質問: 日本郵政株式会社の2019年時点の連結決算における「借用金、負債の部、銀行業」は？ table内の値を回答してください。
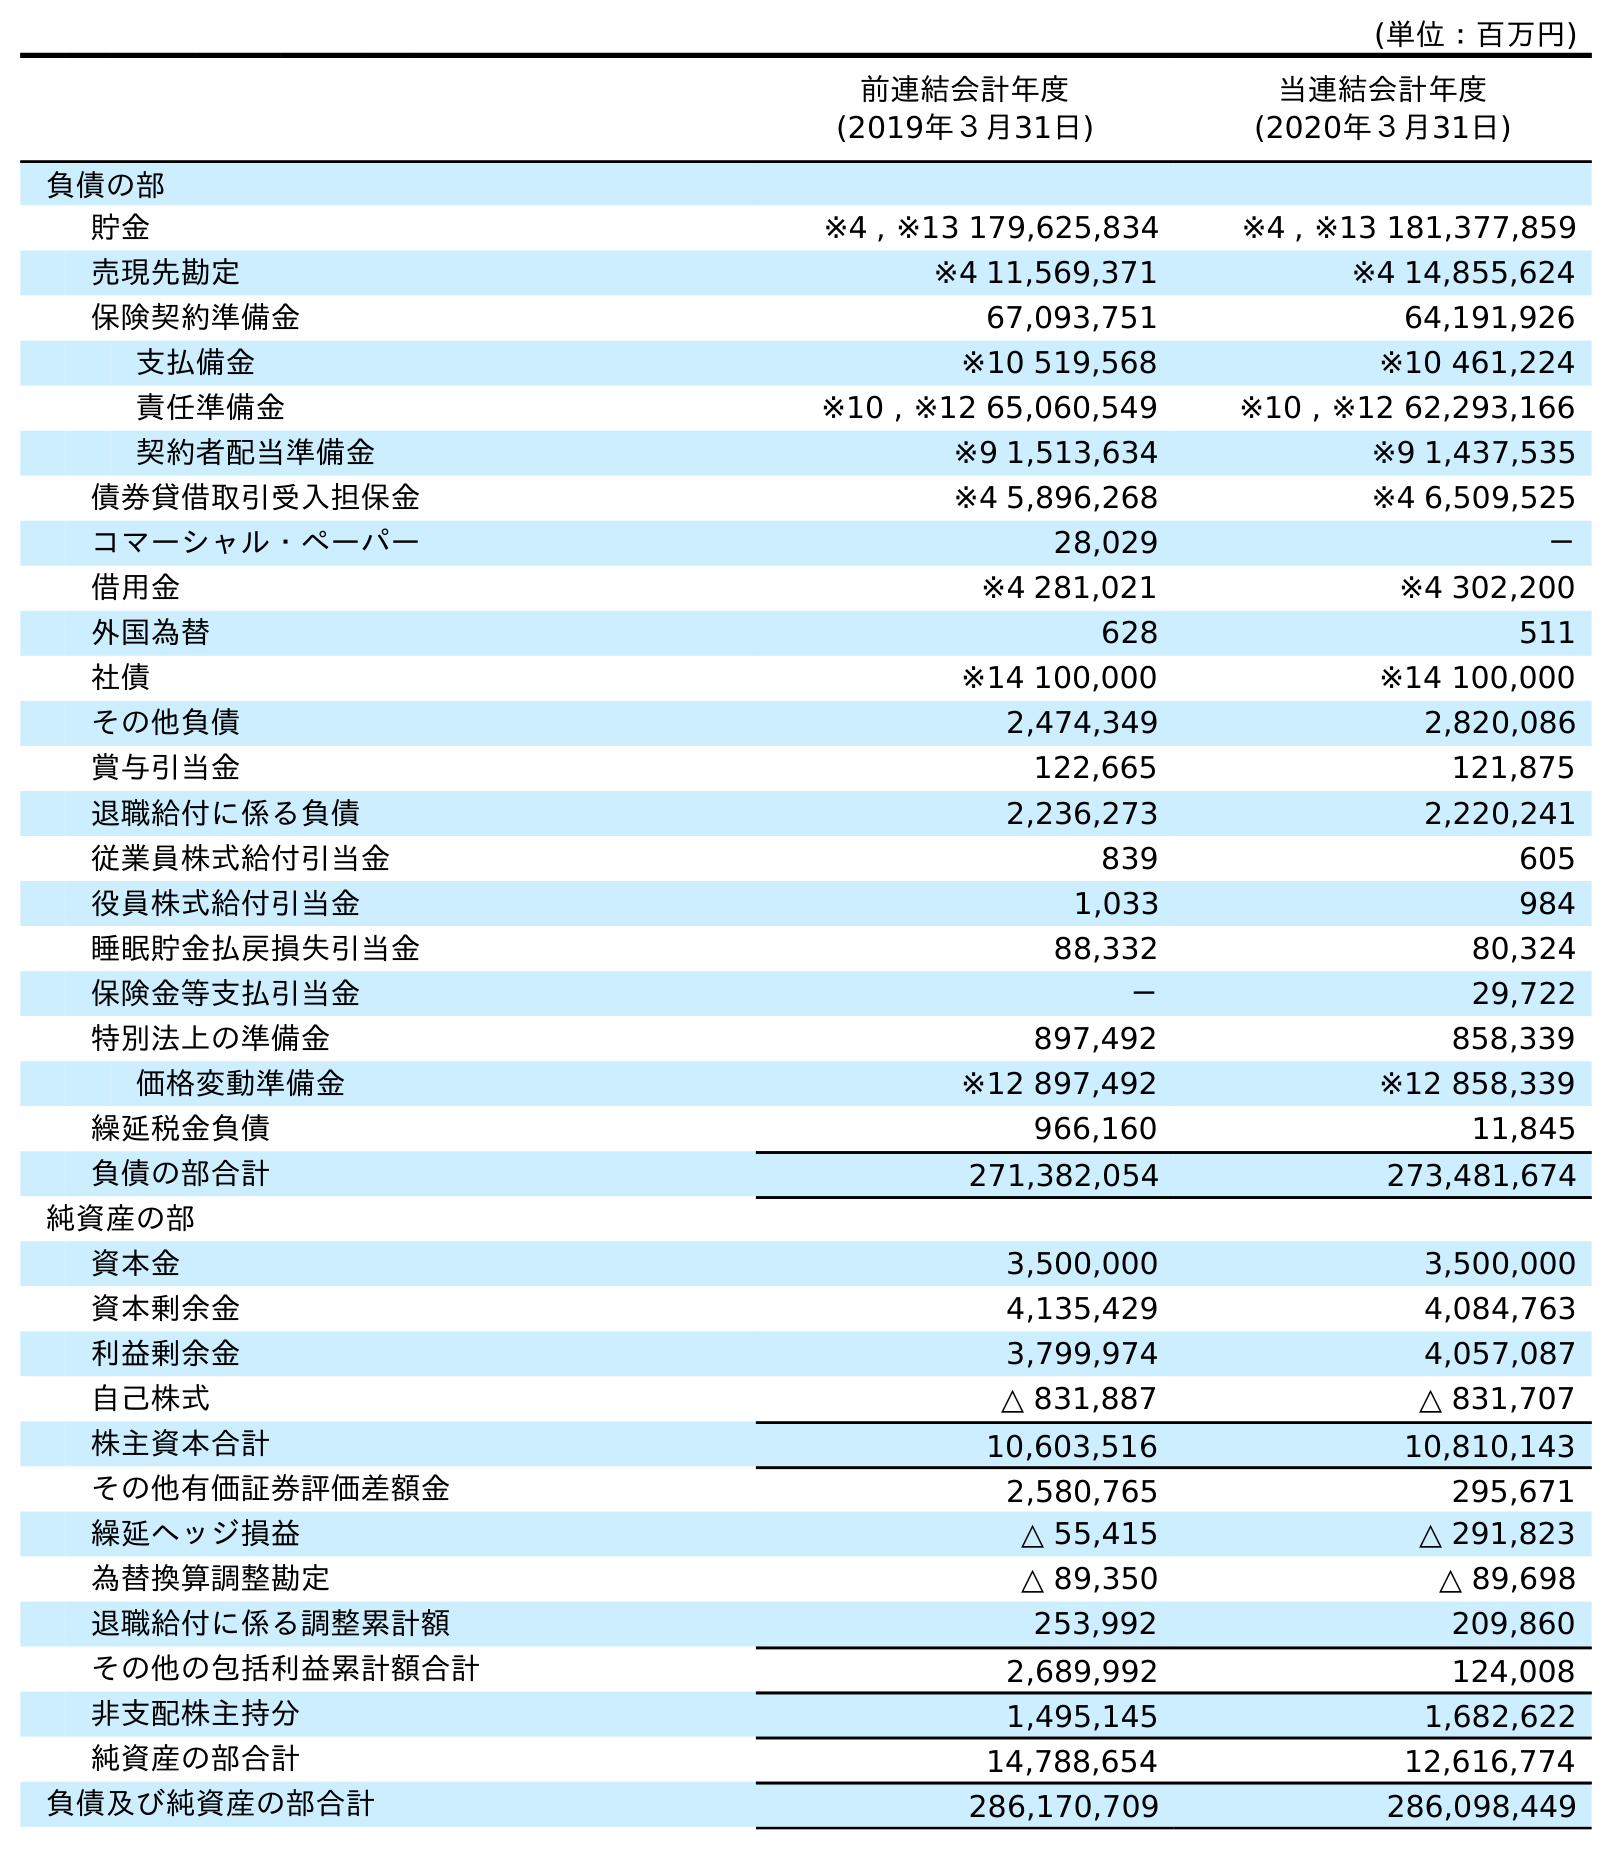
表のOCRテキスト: (単位：百万円) 前連結会計年度 (2019年３月31日) 当連結会計年度 (2020年３月31日) 負債の部 貯金 ※4 , ※13 179,625,834 ※4 , ※13 181,377,859 売現先勘定 ※4 11,569,371 ※4 14,855,624 保険契約準備金 67,093,751 64,191,926 支払備金 ※10 519,568 ※10 461,224 責任準備金 ※10 , ※12 65,060,549 ※10 , ※12 62,293,166 契約者配当準備金 ※9 1,513,634 ※9 1,437,535 債券貸借取引受入担保金 ※4 5,896,268 ※4 6,509,525 コマーシャル・ペーパー 28,029 － 借用金 ※4 281,021 ※4 302,200 外国為替 628 511 社債 ※14 100,000 ※14 100,000 その他負債 2,474,349 2,820,086 賞与引当金 122,665 121,875 退職給付に係る負債 2,236,273 2,220,241 従業員株式給付引当金 839 605 役員株式給付引当金 1,033 984 睡眠貯金払戻損失引当金 88,332 80,324 保険金等支払引当金 － 29,722 特別法上の準備金 897,492 858,339 価格変動準備金 ※12 897,492 ※12 858,339 繰延税金負債 966,160 11,845 負債の部合計 271,382,054 273,481,674 純資産の部 資本金 3,500,000 3,500,000 資本剰余金 4,135,429 4,084,763 利益剰余金 3,799,974 4,057,087 自己株式 △ 831,887 △ 831,707 株主資本合計 10,603,516 10,810,143 その他有価証券評価差額金 2,580,765 295,671 繰延ヘッジ損益 △ 55,415 △ 291,823 為替換算調整勘定 △ 89,350 △ 89,698 退職給付に係る調整累計額 253,992 209,860 その他の包括利益累計額合計 2,689,992 124,008 非支配株主持分 1,495,145 1,682,622 純資産の部合計 14,788,654 12,616,774 負債及び純資産の部合計 286,170,709 286,098,449
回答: ※4281,021